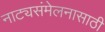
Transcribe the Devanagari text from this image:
नाट्यसंमेलनासाठी